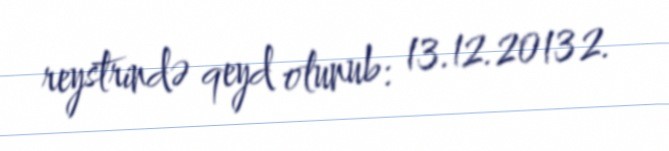
reystrində qeyd olunub: 13.12.2013 2.